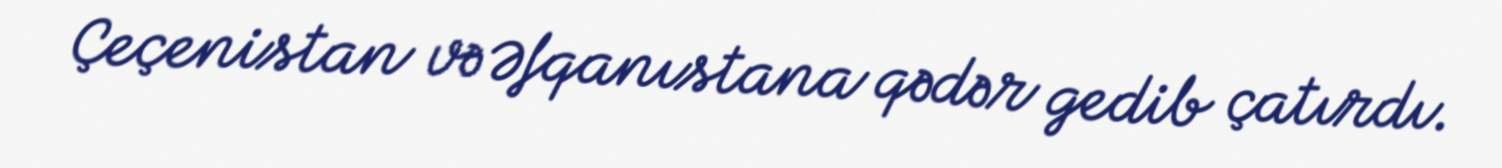
Çeçenistan və Əfqanıstana qədər gedib çatırdı.